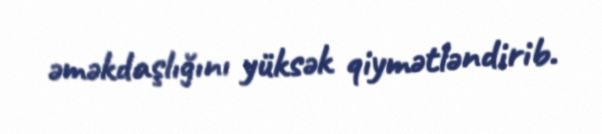
əməkdaşlığını yüksək qiymətləndirib.